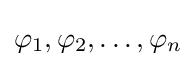
\varphi _{1},\varphi _{2},\dots ,\varphi _{n}